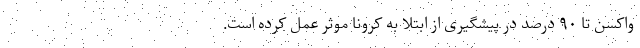
واکسن تا ۹۰ درصد در پیشگیری از ابتلا به کرونا موثر عمل کرده است.